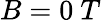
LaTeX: B=0~T